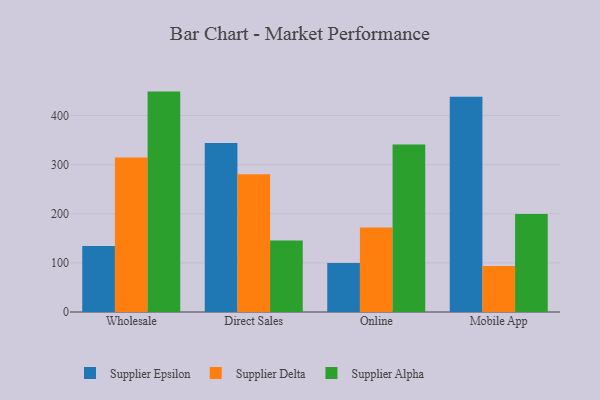
{"axis": {"x": "Channel", "y": "Production Output"}, "legend": ["Supplier Alpha", "Supplier Delta", "Supplier Epsilon"], "data": [{"x": "Wholesale", "y": 134.1, "type": "Supplier Epsilon"}, {"x": "Wholesale", "y": 314.6, "type": "Supplier Delta"}, {"x": "Wholesale", "y": 448.6, "type": "Supplier Alpha"}, {"x": "Direct Sales", "y": 344.2, "type": "Supplier Epsilon"}, {"x": "Direct Sales", "y": 280.5, "type": "Supplier Delta"}, {"x": "Direct Sales", "y": 145.6, "type": "Supplier Alpha"}, {"x": "Online", "y": 99.7, "type": "Supplier Epsilon"}, {"x": "Online", "y": 172.2, "type": "Supplier Delta"}, {"x": "Online", "y": 340.8, "type": "Supplier Alpha"}, {"x": "Mobile App", "y": 437.9, "type": "Supplier Epsilon"}, {"x": "Mobile App", "y": 93.7, "type": "Supplier Delta"}, {"x": "Mobile App", "y": 199.7, "type": "Supplier Alpha"}]}